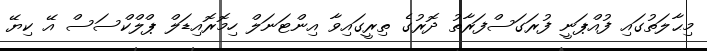
މިޙާލަތުގައި ފުއްޕަނީ ފުރަގަސްފަރާތު ދޮރުގެ ތިރީގައިވާ އިންޓަނަލް ހިމޮރޮއިޑަލް ޕްލްކްސަސް އޭ ކިޔޭ